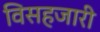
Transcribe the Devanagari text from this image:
विसहजारी